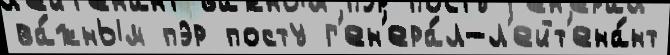
ва́жным пэр посту г'ен'ера́л-л'ейт'ена́нт